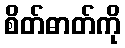
စိတ်ဓာတ်ကို